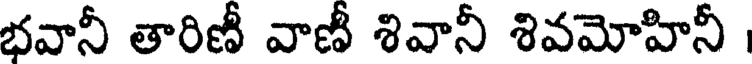
భవానీ తారిణీ వాణీ శివానీ శివమోహినీ